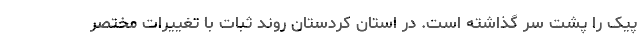
پیک را پشت سر گذاشته است. در استان کردستان روند ثبات با تغییرات مختصر